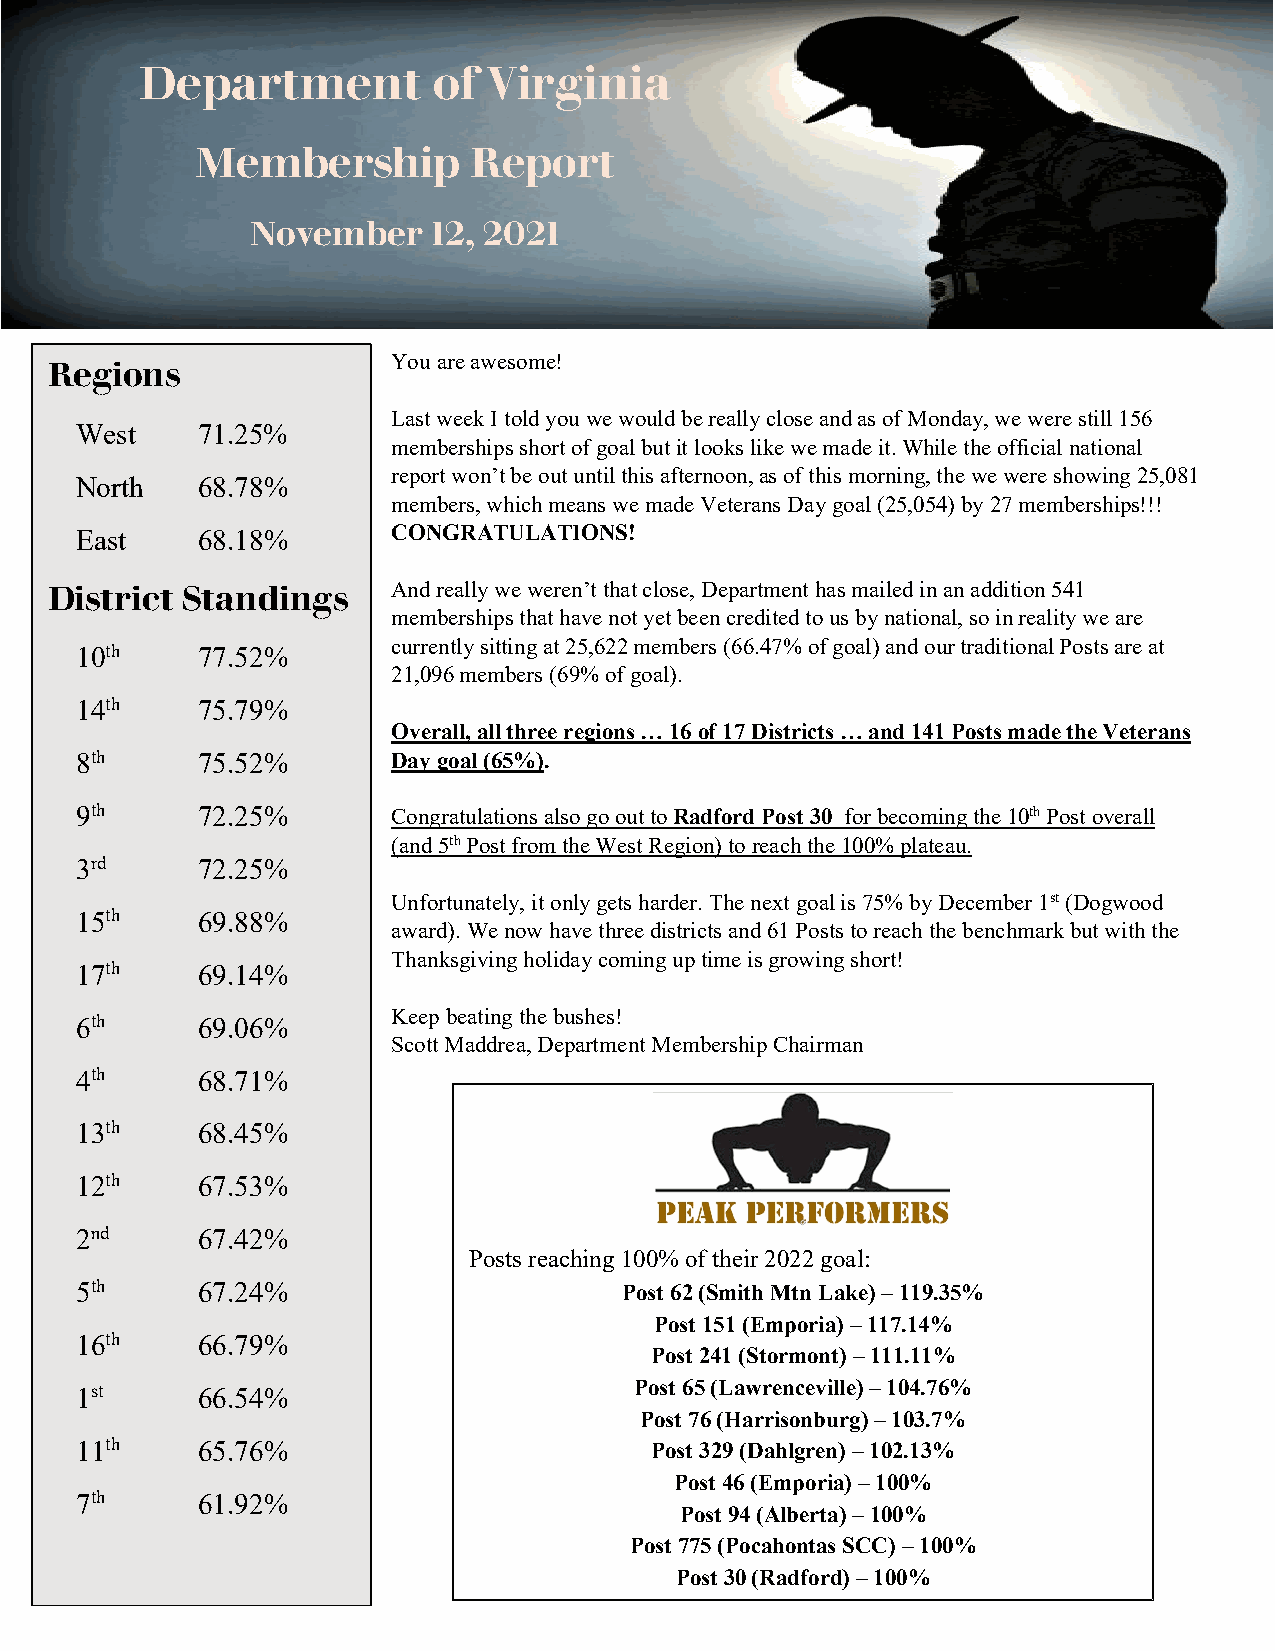
Department          of Virginia
 Membership        Report
 November    12, 2021
 You are awesome!
 Regions
 Last week I told you we would be really close and as of Monday, we were still 156
 West    71.25%
 memberships short of goal but it looks like we made it. While the official national
 report won’t be out until this afternoon, as of this morning, the we were showing 25,081
 North   68.78%
 members, which means we made Veterans Day goal (25,054) by 27 memberships!!!
 East    68.18%       CONGRATULATIONS!
 District Standings     And really we weren’t that close, Department has mailed in an addition 541
 memberships that have not yet been credited to us by national, so in reality we are
 10th    77.52%       currently sitting at 25,622 members (66.47% of goal) and our traditional Posts are at
 21,096 members (69% of goal).
 14th    75.79%
 Overall, all three regions … 16 of 17 Districts … and 141 Posts made the Veterans
 8th     75.52%       Day goal (65%).
 9th     72.25%       Congratulations also go out to Radford Post 30 for becoming the 10th Post overall
 (and 5th Post from the West Region) to reach the 100% plateau.
 3rd     72.25%
 Unfortunately, it only gets harder. The next goal is 75% by December 1st (Dogwood
 15th    69.88%
 award). We now have three districts and 61 Posts to reach the benchmark but with the
 Thanksgiving holiday coming up time is growing short!
 17th    69.14%
 Keep beating the bushes!
 6th     69.06%
 Scott Maddrea, Department Membership Chairman
 4th     68.71%
 13th    68.45%
 12th    67.53%
 2nd     67.42%
 Posts reaching 100% of their 2022 goal:
 5th     67.24%                      Post 62 (Smith Mtn Lake) – 119.35%
 Post 151 (Emporia) – 117.14%
 16th    66.79%
 Post 241 (Stormont) – 111.11%
 1st     66.54%                       Post 65 (Lawrenceville) – 104.76%
 Post 76 (Harrisonburg) – 103.7%
 11th    65.76%                        Post 329 (Dahlgren) – 102.13%
 Post 46 (Emporia) – 100%
 7th     61.92%
 Post 94 (Alberta) – 100%
 Post 775 (Pocahontas SCC) – 100%
 Post 30 (Radford) – 100%